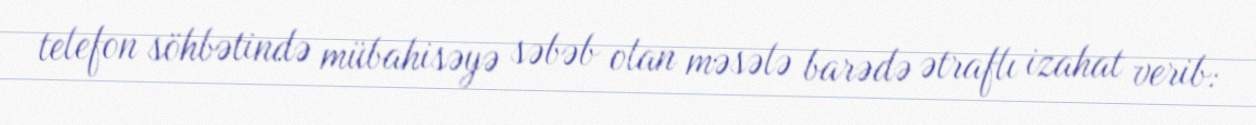
telefon söhbətində mübahisəyə səbəb olan məsələ barədə ətraflı izahat verib: